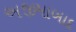
અજીમાબાદ